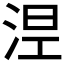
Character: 𣵀